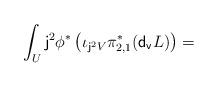
LaTeX: \begin{align*} \int_U{\sf j}^2\phi^* \left( \iota_{{\sf j}^2V} \pi_{2,1}^*(\mathsf{d_v}{L})\right)=\end{align*}